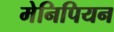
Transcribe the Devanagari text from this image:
मेनिपियन